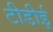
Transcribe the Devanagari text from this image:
टीडीई